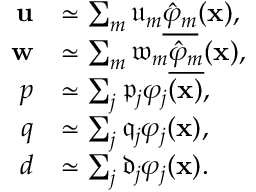
\begin{array} { r l } { \mathbf { u } } & { \simeq \sum _ { m } \mathfrak { u } _ { m } \underline { { \hat { \varphi } _ { m } } } ( \mathbf { x } ) , } \\ { \mathbf { w } } & { \simeq \sum _ { m } \mathfrak { w } _ { m } \underline { { \hat { \varphi } _ { m } } } ( \mathbf { x } ) , } \\ { p } & { \simeq \sum _ { j } \mathfrak { p } _ { j } \varphi _ { j } ( \mathbf { x } ) , } \\ { q } & { \simeq \sum _ { j } \mathfrak { q } _ { j } \varphi _ { j } ( \mathbf { x } ) , } \\ { d } & { \simeq \sum _ { j } \mathfrak { d } _ { j } \varphi _ { j } ( \mathbf { x } ) . } \end{array}